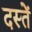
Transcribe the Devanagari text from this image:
दस्तें